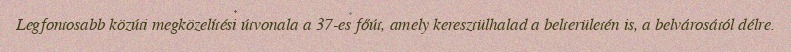
Legfontosabb közúti megközelítési útvonala a 37-es főút, amely keresztülhalad a belterületén is, a belvárosától délre.